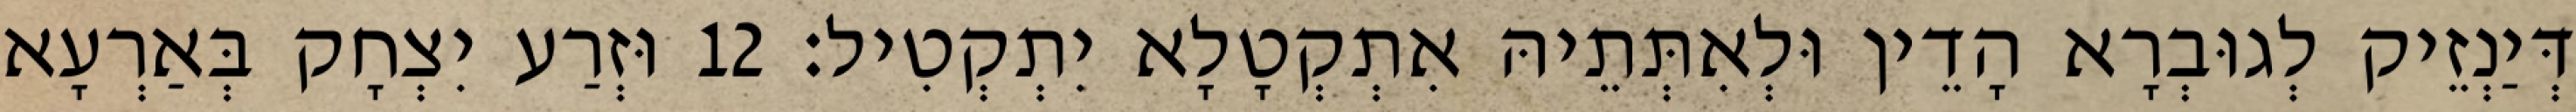
דְּיַנְזֵיק לְגוּבְרָא הָדֵין וּלְאִתְּתֵיהּ אִתְקְטָלָא יִתְקְטִיל׃ 12 וּזְרַע יִצְחָק בְּאַרְעָא